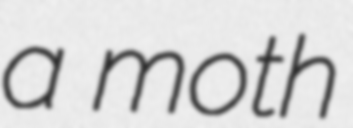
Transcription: a moth